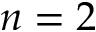
n = 2